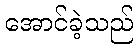
အောင်ခဲ့သည်